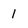
Character: l